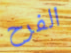
الفرح